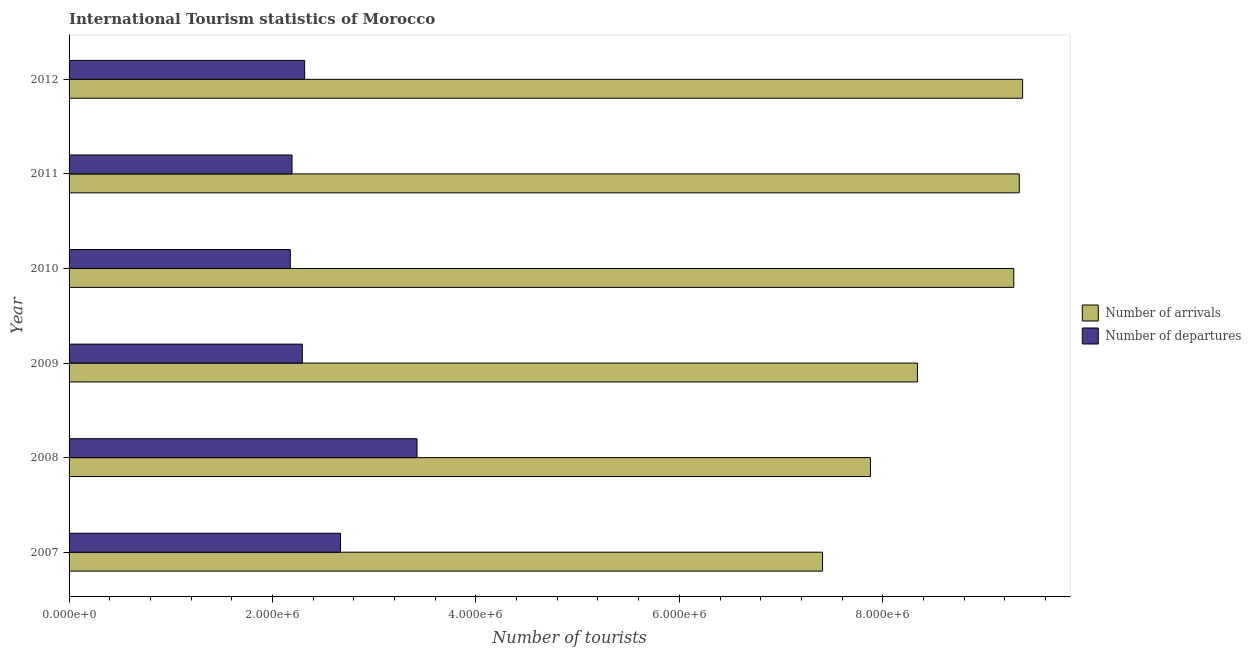
| Year | Number of arrivals | Number of departures |
 | --- | --- | --- |
 | 2007 | 7.41e+06 | 2.67e+06 |
 | 2008 | 7.88e+06 | 3.42e+06 |
 | 2009 | 8.34e+06 | 2.29e+06 |
 | 2010 | 9.29e+06 | 2.18e+06 |
 | 2011 | 9.34e+06 | 2.19e+06 |
 | 2012 | 9.38e+06 | 2.32e+06 |